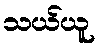
သယ်ယူ